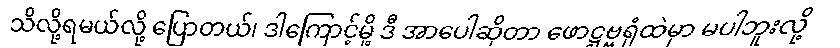
သိလို့ရမယ်လို့ ပြောတယ်၊ ဒါကြောင့်မို့ ဒီ အာပေါဆိုတာ ဖောဋ္ဌဗ္ဗရုံထဲမှာ မပါဘူးလို့